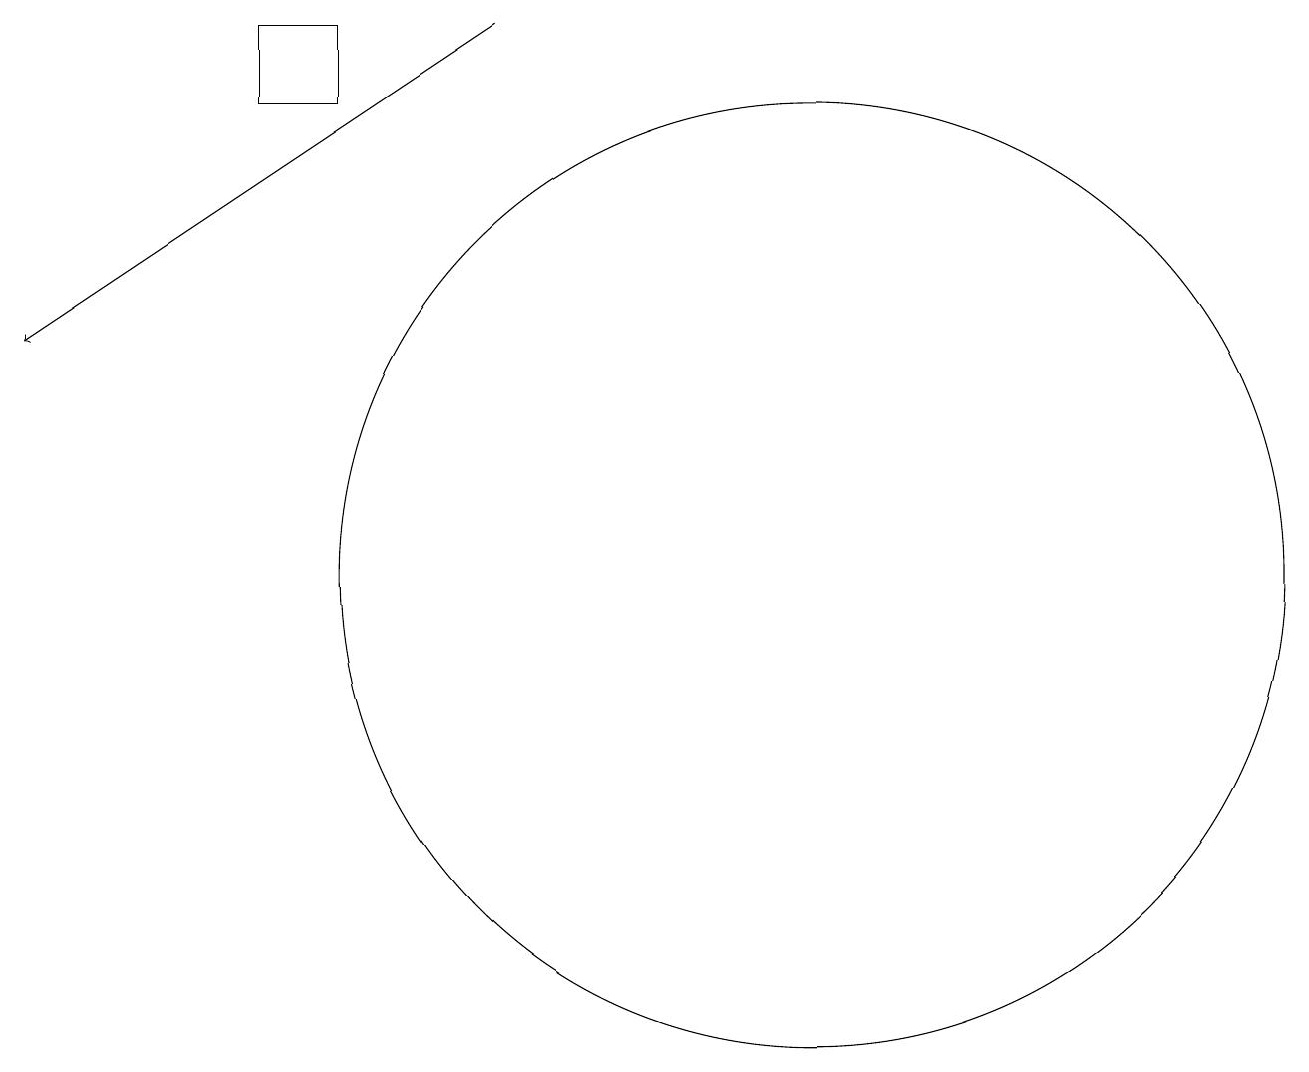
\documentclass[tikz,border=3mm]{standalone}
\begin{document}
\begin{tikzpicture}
\draw (11,10) circle (6);
\draw (5,17) rectangle (4,16);
\draw[->] (7,17) -- (1,13);
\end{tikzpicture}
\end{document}